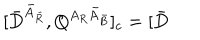
\lbrack \bar { D } ^ { \bar { A } _ { \bar { R } } } , Q ^ { A _ { R } \bar { A } _ { \bar { B } } } ] _ { c } = [ \bar { D }